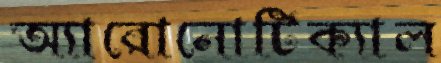
অ্যারোনোটিক্যাল